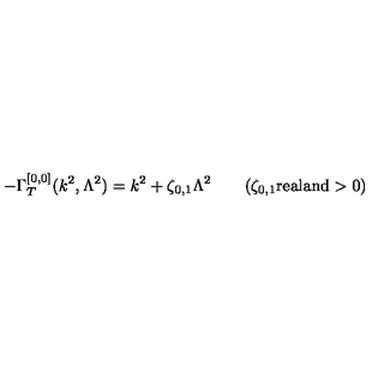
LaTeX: - \Gamma _ { T } ^ { [ 0 , 0 ] } ( k ^ { 2 } , \Lambda ^ { 2 } ) = k ^ { 2 } + \zeta _ { 0 , 1 } \Lambda ^ { 2 } \qquad ( \zeta _ { 0 , 1 } \mathrm { { r e a l a n d } } > 0 )